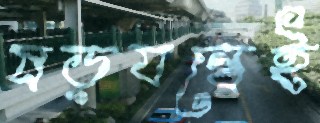
ষড়যন্ত্রেই